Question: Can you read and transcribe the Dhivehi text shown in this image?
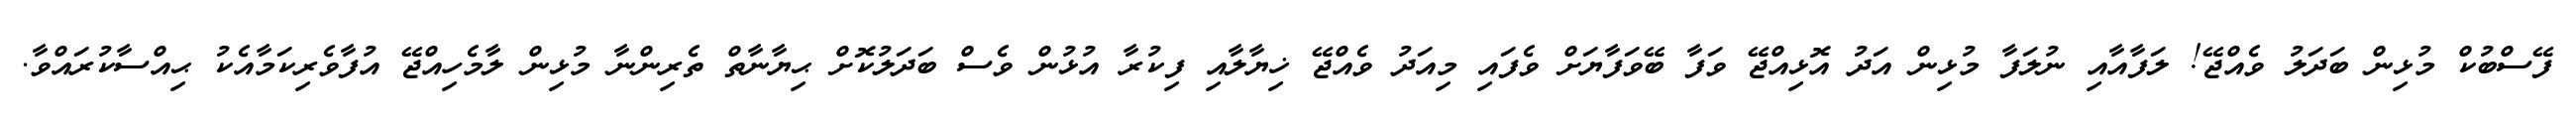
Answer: ފޭސްބުކް މުޅިން ބަދަލު ވެއްޖޭ! ލަފާއާއި ނުލަފާ މުޅިން އަދު އޮޅިއްޖޭ ވަފާ ބޭވަފާޔަށް ވެފައި މިއަދު ވެއްޖޭ ޚިޔާލާއި ފިކުރާ އުޅުން ވެސް ބަދަލުކޮށް ޙިޔާނާތް ތެރިންނާ މުޅިން ލާމެހިއްޖޭ އުފާވެރިކަމާއެކު ޙިއްސާކުރައްވާ.